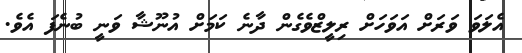
އެލަވަ ވަރަށް އަވަހަށް ރިލީޒްވެގެން ދާނެ ކަމަށް އުނޫޝާ ވަނީ ބުނެފަ އެވެ.